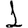
Digit: 1